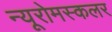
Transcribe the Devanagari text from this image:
न्यूरोमस्कलर